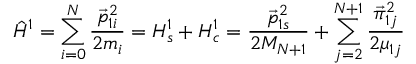
\hat { H } ^ { 1 } = \sum _ { i = 0 } ^ { N } \frac { \vec { p } _ { 1 i } ^ { 2 } } { 2 m _ { i } } = H _ { s } ^ { 1 } + H _ { c } ^ { 1 } = \frac { \vec { p } _ { 1 s } ^ { 2 } } { 2 M _ { N + 1 } } + \sum _ { j = 2 } ^ { N + 1 } \frac { \vec { \pi } _ { 1 j } ^ { 2 } } { 2 \mu _ { 1 j } }